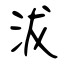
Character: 沷